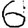
Digit: 6